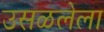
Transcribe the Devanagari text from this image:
उसळलेला